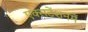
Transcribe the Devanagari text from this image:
एक्सटेंशनमें